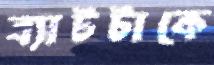
ব্যাটটাকে